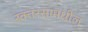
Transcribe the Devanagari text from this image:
रक्तरसामधील